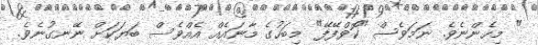
" މިހެންނެވެ. ނަމަވެސް "ކޮވްފޭފޭ" މިބަހުގެ މާނައެއް އެއްވެސް ބަޔަކަށް ނޭނގުނެވެ.